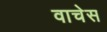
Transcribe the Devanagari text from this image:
वाचेस